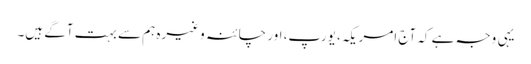
یہی وجہ ہے کہ آج امریکہ، یورپ، اور چائنہ وغیرہ ہم سے بہت آگے ہیں۔